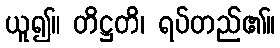
ယူ၍။ တိဋ္ဌတိ၊ ရပ်တည်၏။